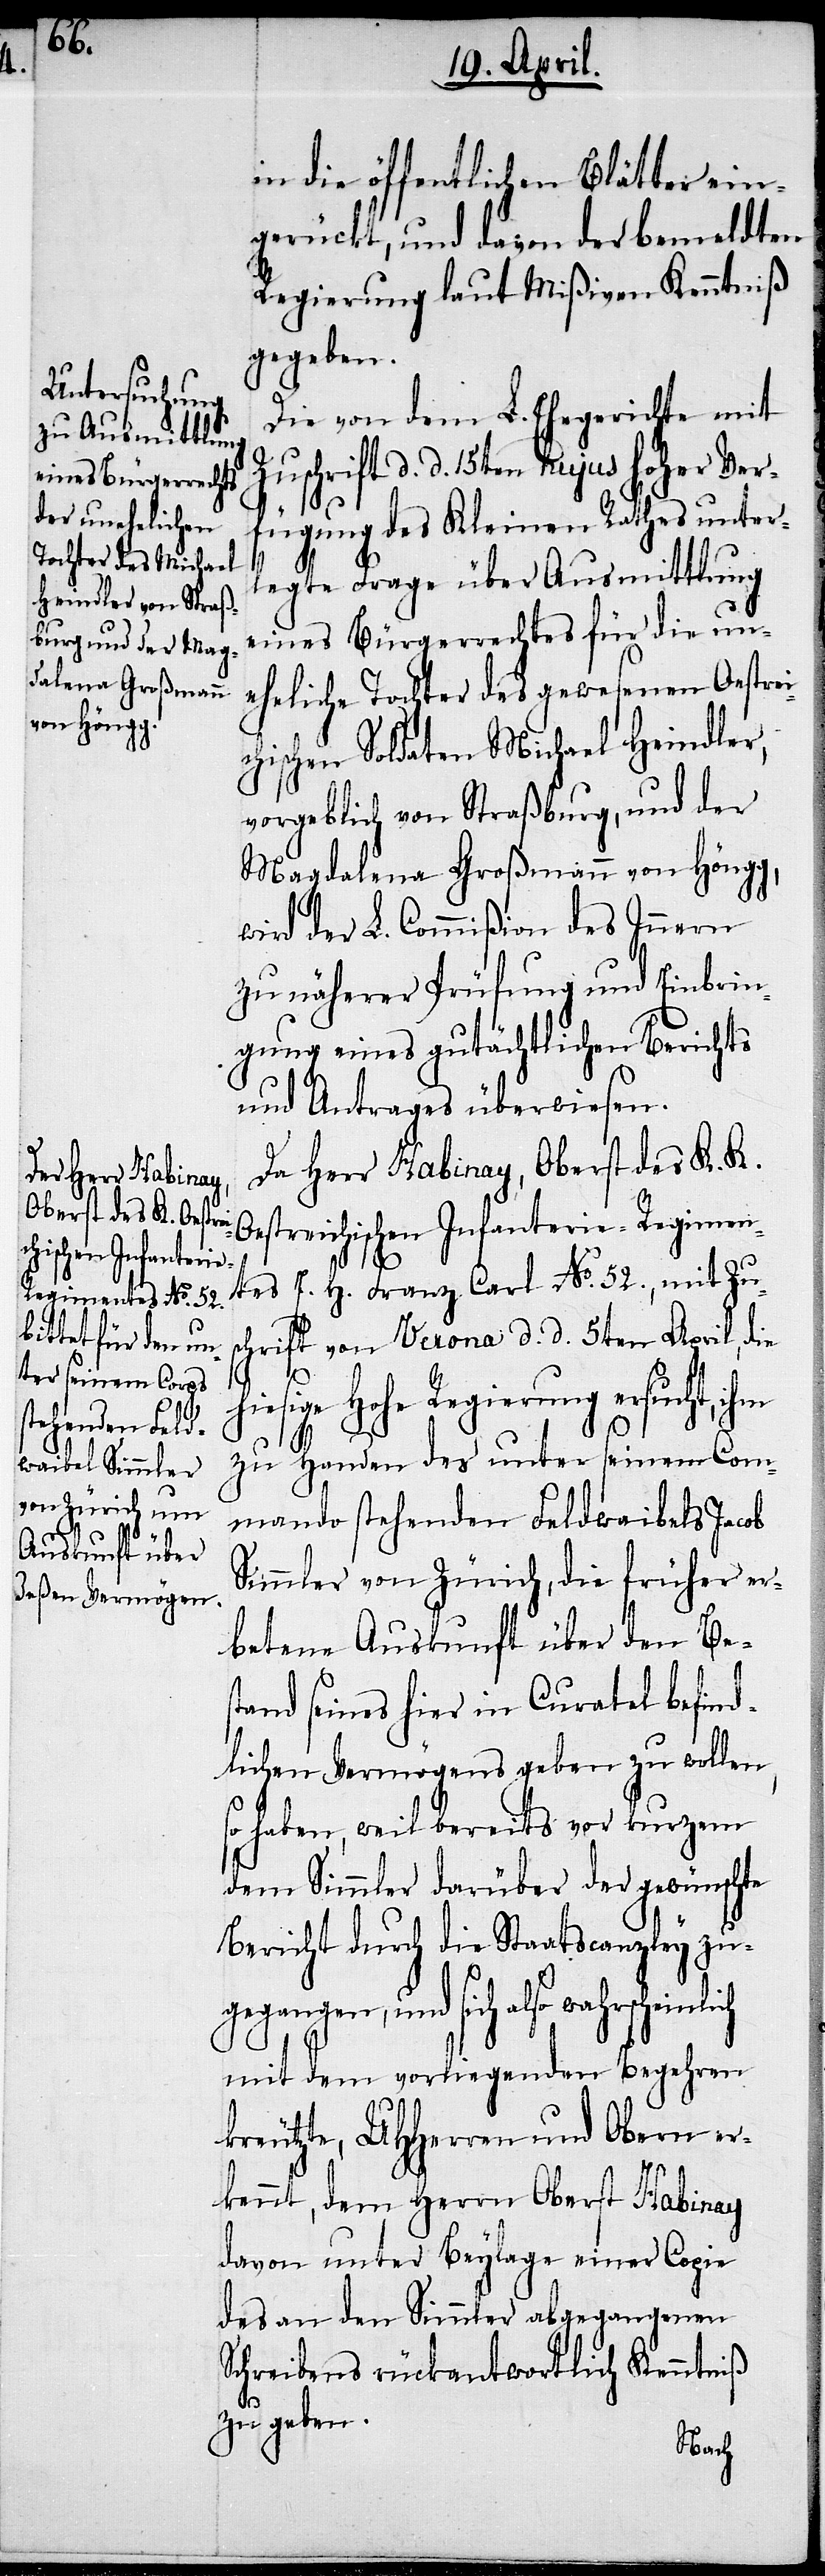
in die öffentlichen Blätter ein¬
gerückt, und davon der bemeldten
Regierung laut Mißiven Kenntniß
gegeben.
Die von dem L. Ehegerichte mit
Zuschrift d. d. 15ten hujus hoher Ver¬
fügung des Kleinen Rathes unter¬
h¬
legte Frage über Ausmittlung
eines Bürgerrechtes für die un¬
eheliche Tochter des gewesenen Oestrei¬
chischen Soldaten Michael Heindler,
vorgeblich von Straßburg, und der
Magdalena Großmann von Höngg,
wird der L. Commißion des Innern
zu näherer Prüfung und Einbrin¬
gung eines gutächtlichen Berichts
und Antrages überwiesen.
Da Herr Habinay, Oberst des K. K.
estreichischen Infanterie-Regimen¬
tes E. H. Franz Carl No. 52., mit Zu¬
schrift von Verona d. d. 5ten April, die
iesige Hohe Regierung ersucht,
zu Handen des unter seinem Com¬
mando stehenden Feldwaibels Jacob
Simmler von Zürich, die früher er¬
betene Auskunft über den Bes¬
tand seines hier in Curatel befind¬
lichen Vermögens geben zu wollen,
so haben, weil bereits vor kurzem
dem Simmler darüber der gewünschte
Bericht durch die Staatscanzley zu¬
gegangen, und sich also wahrschein¬
mit dem vorliegenden Begehren
kreutzte, UHHerren und Obern er¬
kennt, dem Herrn Oberst Habinay
davon unter Beylage einer Copie
des an den Simmler abgegangenen
Schreibens rückantwortlich Kenntniß
O¬
zu geben.
lich